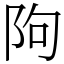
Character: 䧁